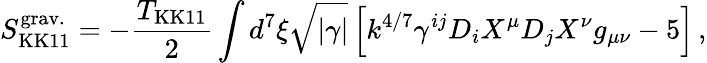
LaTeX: S_{\mathrm{KK11}}^{\mathrm{grav.}}=-{\frac{T_{\mathrm{KK11}}}{2}}\int d^{7}\xi\sqrt{|\gamma|}\left[k^{4/7}\gamma^{ij}D_{i}X^{\mu}D_{j}X^{\nu}g_{\mu\nu}-5\right]\, ,